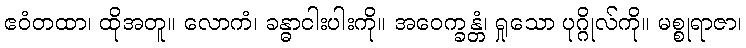
ဧဝံတထာ၊ ထိုအတူ။ လောကံ၊ ခန္ဓာငါးပါးကို။ အဝေက္ခန္တံ၊ ရှုသော ပုဂ္ဂိုလ်ကို။ မစ္စုရာဇာ၊